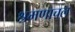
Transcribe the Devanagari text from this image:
श्रमणाचल